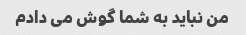
من نباید به شما گوش می دادم